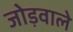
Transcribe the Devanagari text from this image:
जोड़वाले